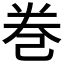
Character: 巻